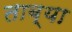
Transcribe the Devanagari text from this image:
ताब्या